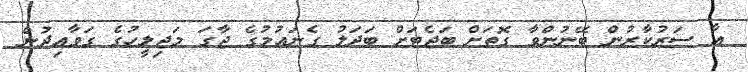
އާ ސަރުކާރުން ބޭނުންވާ ގޮތަށް ބަޖެޓަށް ބަދަލު ގެނައުމުގެ ޖާގަ މަޖިލީހުގެ ގަވާއިދުން